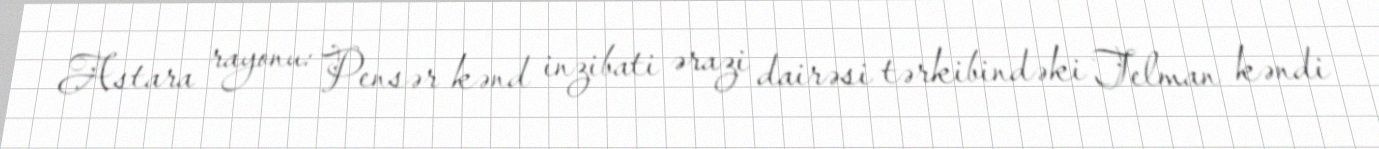
Astara rayonu: Pensər kənd inzibati ərazi dairəsi tərkibindəki Telman kəndi